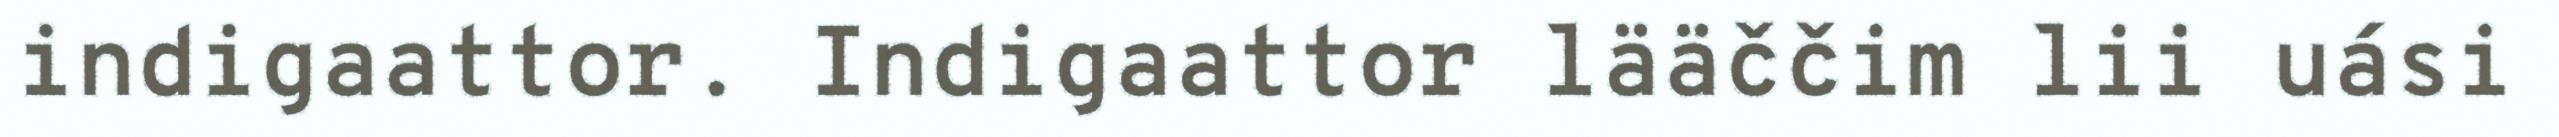
indigaattor. Indigaattor lääččim lii uási